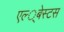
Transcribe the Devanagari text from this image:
एल्‍्बेस्टस